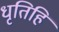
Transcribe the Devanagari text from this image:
धृतिहि